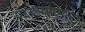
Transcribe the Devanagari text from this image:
पाळणेवाला